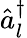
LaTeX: \hat{a}_{l}^{\dagger}